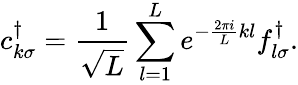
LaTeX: c_{k\sigma}^{\dagger}=\frac{1}{\sqrt{L}}\sum_{l=1}^{L}e^{-\frac{2\pi i}{L}kl}f_{l\sigma}^{\dagger}.